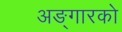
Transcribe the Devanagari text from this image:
अङ्गारको